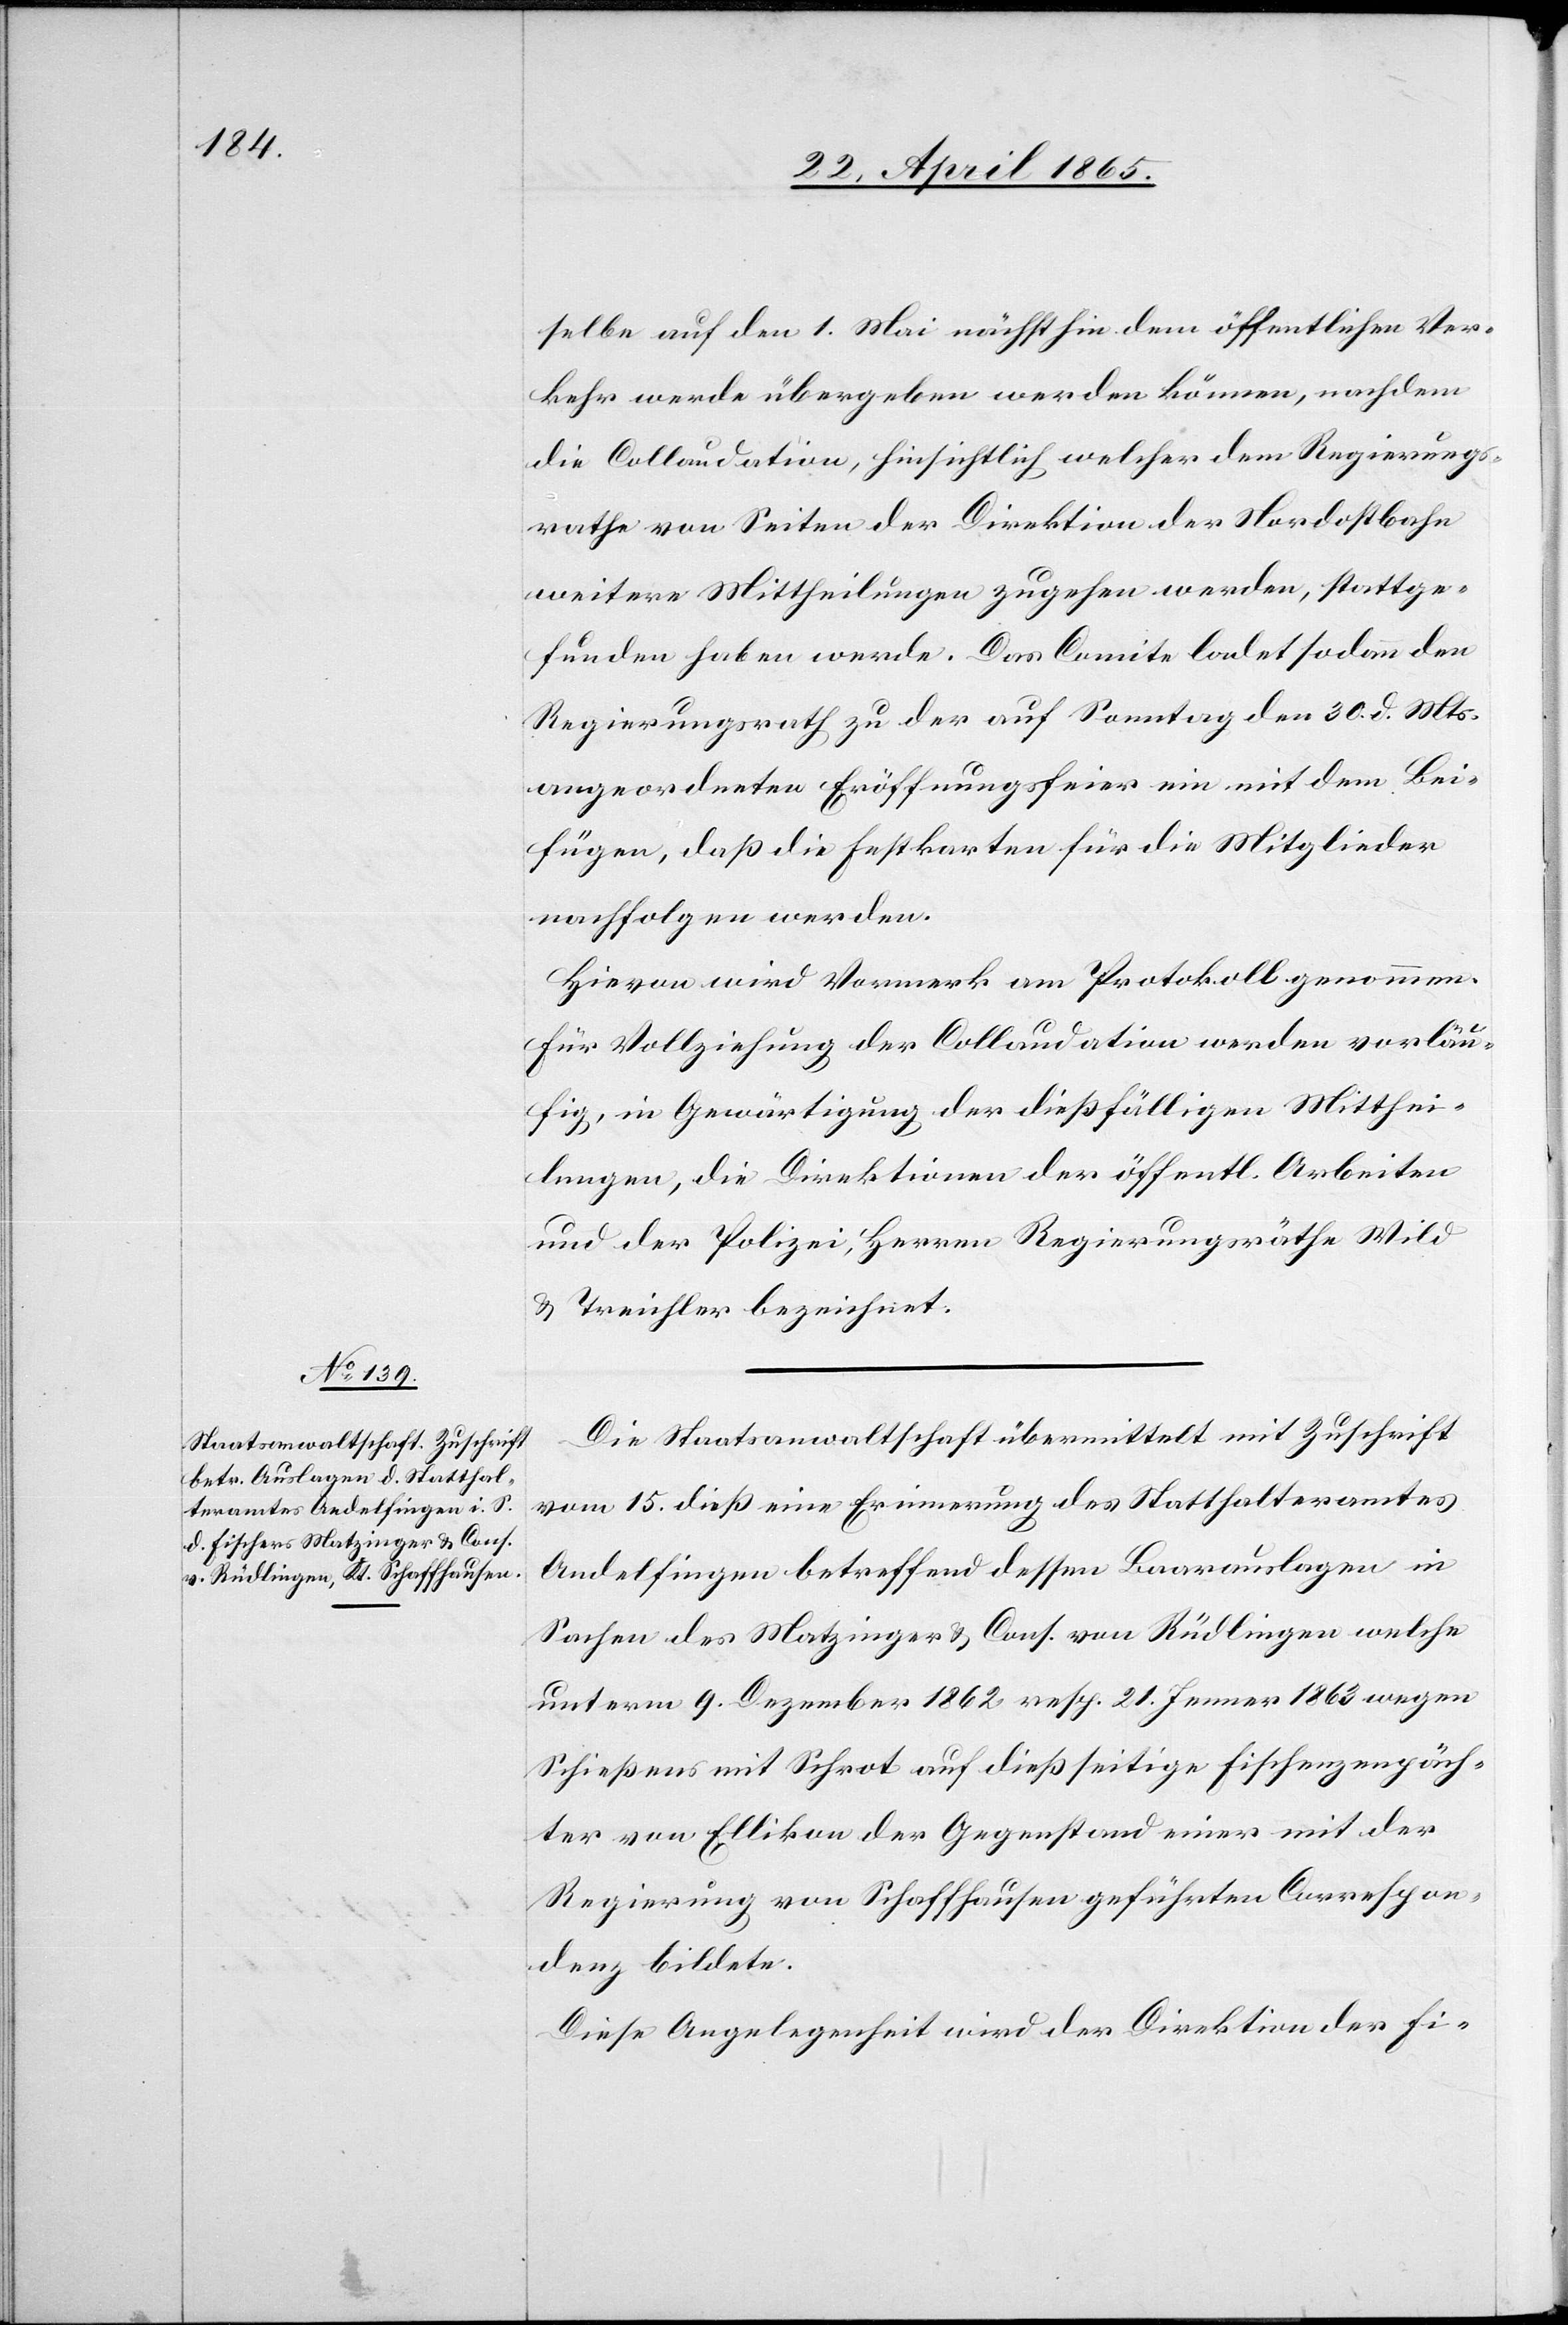
selbe auf den 1. Mai nächsthin dem öffentlichen Ver¬
kehr werde übergeben werden können, nachdem
die Collaudation, hinsichtlich welcher dem Regierungs¬
rathe von Seiten der Direktion der Nordostbahn
weitere Mittheilungen zugehen werden, stattge¬
funden haben werde. Das Comite ladet sodann den
Regierungsrath zu der auf Sonntag den 30. d. Mts.
angeordneten Eröffnungsfeier ein mit dem Bei¬
fügen, daß die Festkarten für die Mitglieder
nachfolgen werden.
Hievon wird Vormerk am Protokoll genommen
für Vollziehung der Collaudation werden vorläu¬
fig, in Gewärtigung der dießfälligen Mitthei¬
lungen, die Direktion der öffentl. Arbeiten
und der Polizei, Herren Regierungsräthe Wild
& Treichler bezeichnet.
Die Staatsanwaltschaft übermittelt mit Zuschrift
vom 15. dieß eine Erinnerung des Statthalteramtes
Andelfingen betreffend dessen Baarauslagen in
Sachen des Matzinger & Cons. von Rüdlingen welche
unterm 9. Dezember 1862 resp. 21. Jenner 1863 wegen
Schießens mit Schrot auf dießseitige Fischenzenpäch¬
ter von Ellikon der Gegenstand einer mit der
Regierung von Schaffhausen geführten Correspon¬
denz bildete.
Diese Angelegenheit wird der Direktion der Fi-